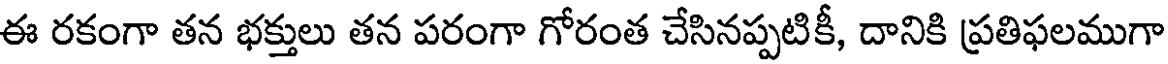
ఈ రకంగా తన భక్తులు తన పరంగా గోరంత చేసినప్పటికీ, దానికి ప్రతిఫలముగా